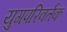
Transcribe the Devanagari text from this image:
युगपरिवर्तक